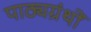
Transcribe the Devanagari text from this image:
पाठ्यग्रंथों